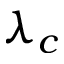
\lambda _ { c }